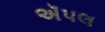
ઍપલ